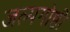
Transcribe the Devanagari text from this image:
जल्पगोष्ठी